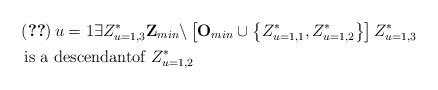
LaTeX: \begin{align*}&\left( \ref{claim:dificil}\right) u=1\exists Z_{u=1,3}^{\ast }\mathbf{Z}_{min}\backslash \left[ \mathbf{O}_{min}\cup \left\{ Z_{u=1,1}^{\ast },Z_{u=1,2}^{\ast}\right\} \right] Z_{u=1,3}^{\ast }\\&\text{ is a descendantof }Z_{u=1,2}^{\ast } \end{align*}